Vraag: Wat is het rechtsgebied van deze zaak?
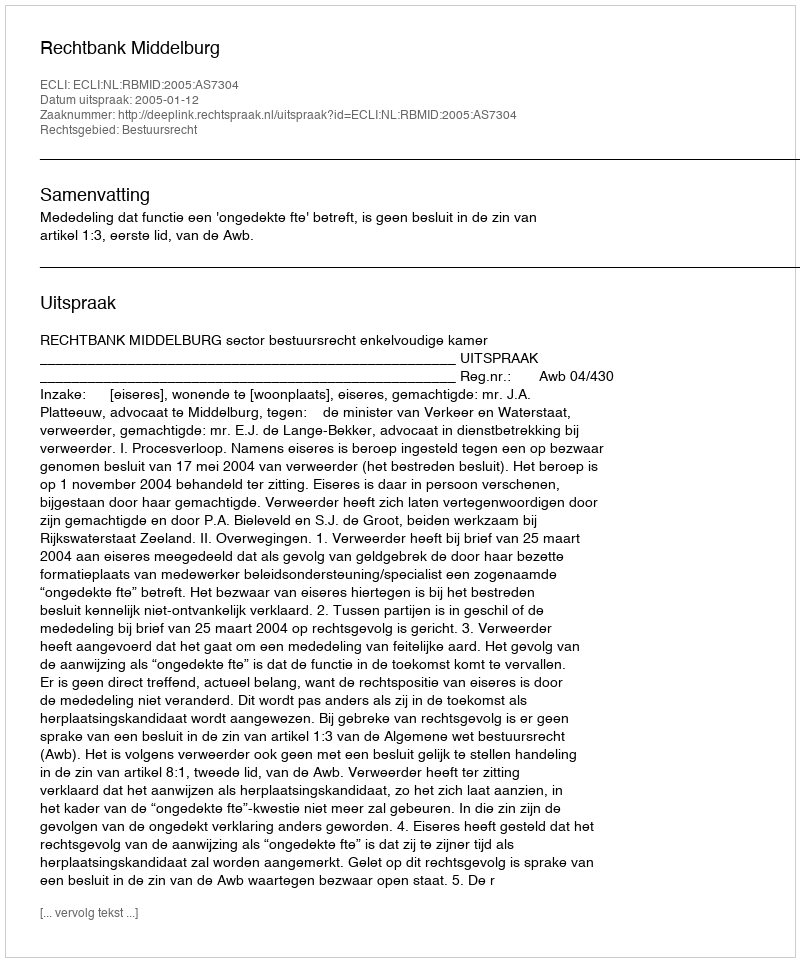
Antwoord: Bestuursrecht